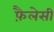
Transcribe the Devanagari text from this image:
फ़ैलेसी